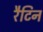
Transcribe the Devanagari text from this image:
रैटिन